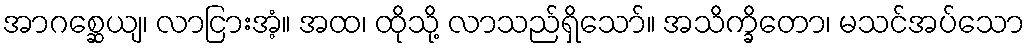
အာဂစ္ဆေယျ၊ လာငြားအံ့။ အထ၊ ထိုသို့ လာသည်ရှိသော်။ အသိက္ခိတော၊ မသင်အပ်သော